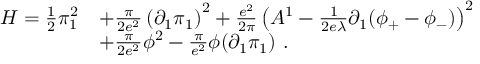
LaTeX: \begin{array} { r l } { { { \cal H } = \frac { 1 } { 2 } \pi _ { 1 } ^ { 2 } } } & { { + \frac { \pi } { 2 e ^ { 2 } } \left( \partial _ { 1 } \pi _ { 1 } \right) ^ { 2 } + \frac { e ^ { 2 } } { 2 \pi } \left( A ^ { 1 } - \frac { 1 } { 2 e \lambda } \partial _ { 1 } ( \phi _ { + } - \phi _ { - } ) \right) ^ { 2 } } } \\ { { } } & { { + \frac { \pi } { 2 e ^ { 2 } } \phi ^ { 2 } - \frac { \pi } { e ^ { 2 } } \phi ( \partial _ { 1 } \pi _ { 1 } ) \ . } } \end{array}